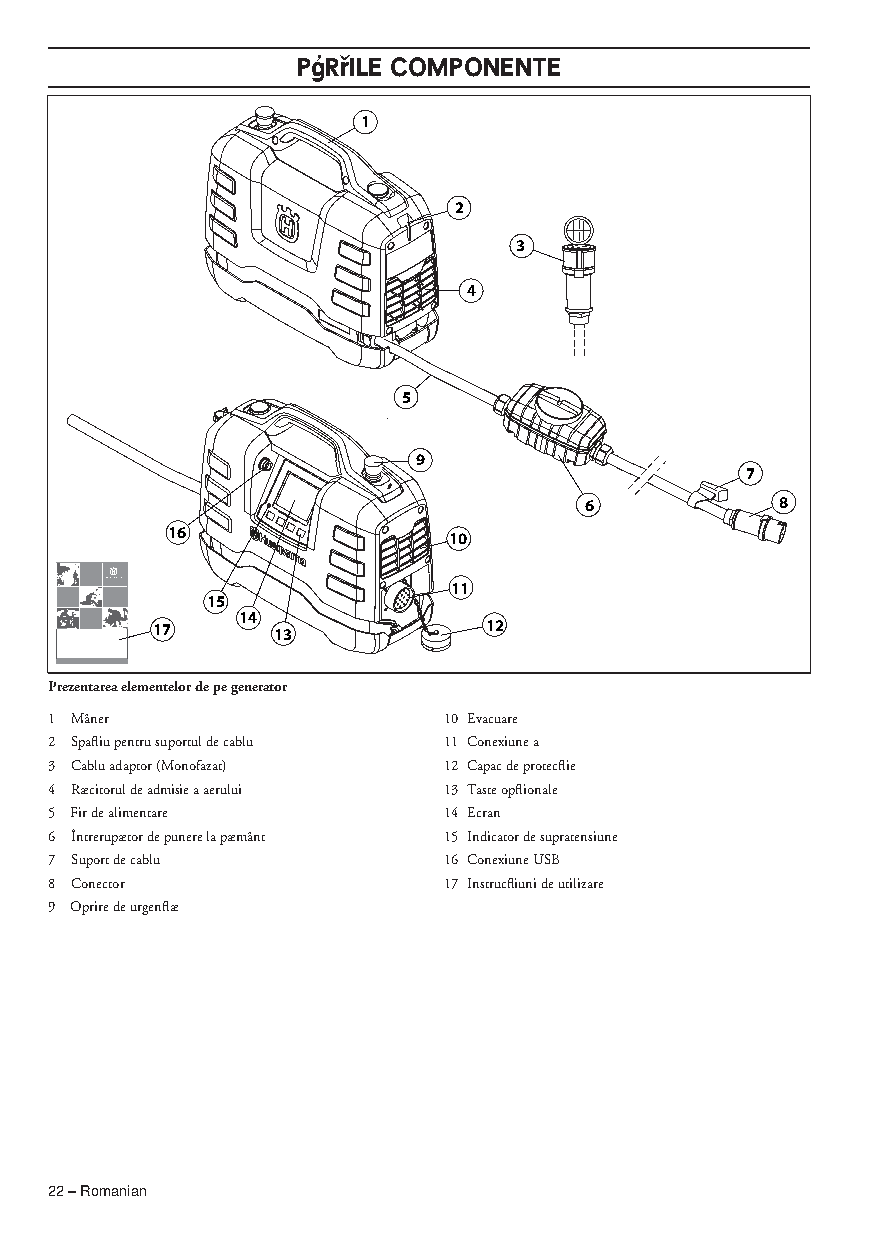
PÆRfiILE COMPONENTE
 1
 2
 3
 4
 5
 9
 7
 6            8
 16                 10
 11
 15
 14
 17      13            12
 Prezentarea elementelor de pe generator
 1 Mâner                   10 Evacuare
 2 Spafliu pentru suportul de cablu 11 Conexiune a
 3 Cablu adaptor (Monofazat) 12 Capac de protecflie
 4 Ræcitorul de admisie a aerului 13 Taste opflionale
 5 Fir de alimentare       14 Ecran
 6 Întrerupætor de punere la pæmânt 15 Indicator de supratensiune
 7 Suport de cablu         16 Conexiune USB
 8 Conector                17 Instrucfliuni de utilizare
 9 Oprire de urgenflæ
 22 – Romanian